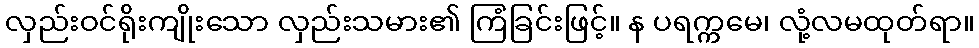
လှည်းဝင်ရိုးကျိုးသော လှည်းသမား၏ ကြံခြင်းဖြင့်။ န ပရက္ကမေ၊ လုံ့လမထုတ်ရာ။